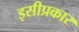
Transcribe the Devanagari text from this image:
इसीप्रकार